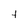
Character: t